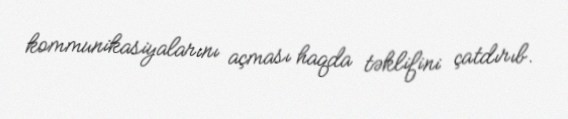
kommunikasiyalarını açması haqda təklifini çatdırıb.